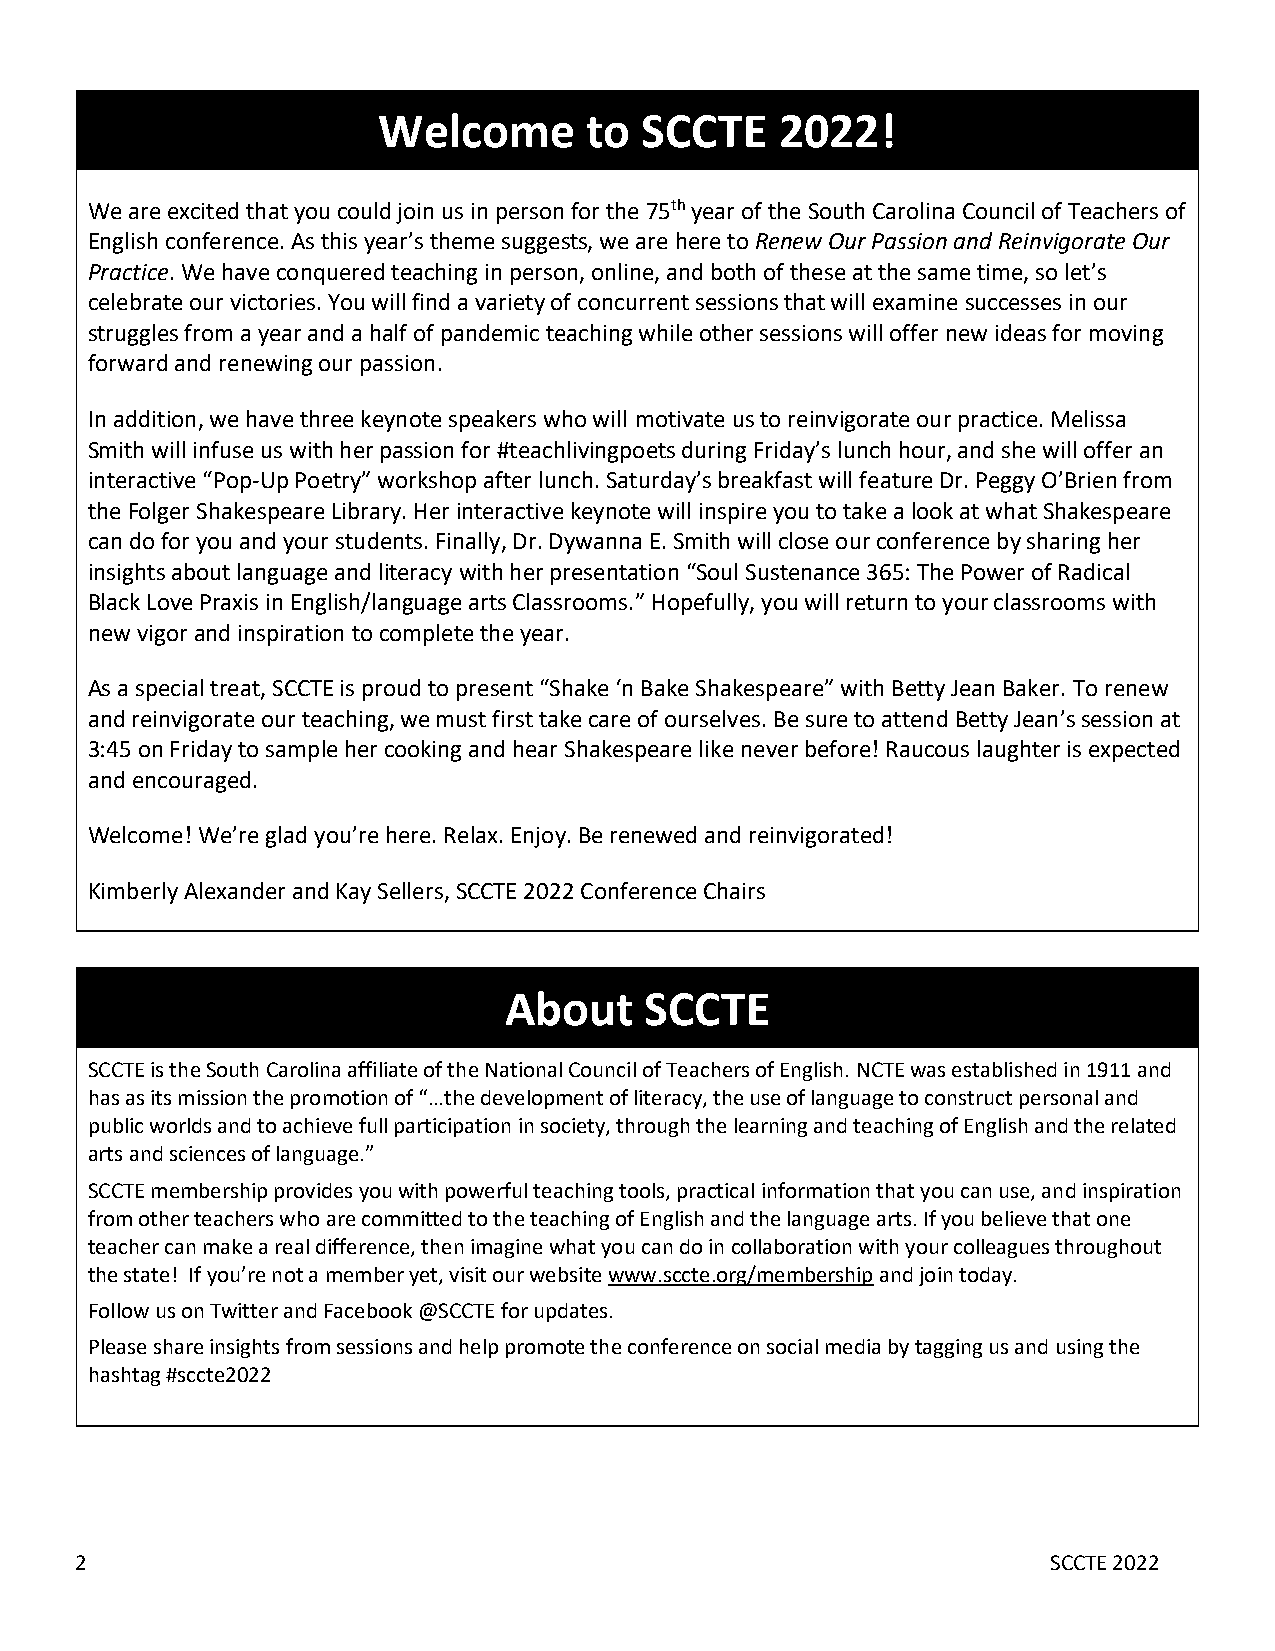
Welcome       to SCCTE     2022!
 We are excited that you could join us in person for the 75th year of the South Carolina Council of Teachers of
 English conference. As this year’s theme suggests, we are here to Renew Our Passion and Reinvigorate Our
 Practice. We have conquered teaching in person, online, and both of these at the same time, so let’s
 celebrate our victories. You will find a variety of concurrent sessions that will examine successes in our
 struggles from a year and a half of pandemic teaching while other sessions will offer new ideas for moving
 forward and renewing our passion.
 In addition, we have three keynote speakers who will motivate us to reinvigorate our practice. Melissa
 Smith will infuse us with her passion for #teachlivingpoets during Friday’s lunch hour, and she will offer an
 interactive “Pop-Up Poetry” workshop after lunch. Saturday’s breakfast will feature Dr. Peggy O’Brien from
 the Folger Shakespeare Library. Her interactive keynote will inspire you to take a look at what Shakespeare
 can do for you and your students. Finally, Dr. Dywanna E. Smith will close our conference by sharing her
 insights about language and literacy with her presentation “Soul Sustenance 365: The Power of Radical
 Black Love Praxis in English/language arts Classrooms.” Hopefully, you will return to your classrooms with
 new vigor and inspiration to complete the year.
 As a special treat, SCCTE is proud to present “Shake ‘n Bake Shakespeare” with Betty Jean Baker. To renew
 and reinvigorate our teaching, we must first take care of ourselves. Be sure to attend Betty Jean’s session at
 3:45 on Friday to sample her cooking and hear Shakespeare like never before! Raucous laughter is expected
 and encouraged.
 Welcome! We’re glad you’re here. Relax. Enjoy. Be renewed and reinvigorated!
 Kimberly Alexander and Kay Sellers, SCCTE 2022 Conference Chairs
 About     SCCTE
 SCCTE is the South Carolina affiliate of the National Council of Teachers of English. NCTE was established in 1911 and
 has as its mission the promotion of “…the development of literacy, the use of language to construct personal and
 public worlds and to achieve full participation in society, through the learning and teaching of English and the related
 arts and sciences of language.”
 SCCTE membership provides you with powerful teaching tools, practical information that you can use, and inspiration
 from other teachers who are committed to the teaching of English and the language arts. If you believe that one
 teacher can make a real difference, then imagine what you can do in collaboration with your colleagues throughout
 the state! If you’re not a member yet, visit our website www.sccte.org/membership and join today.
 Follow us on Twitter and Facebook @SCCTE for updates.
 Please share insights from sessions and help promote the conference on social media by tagging us and using the
 hashtag #sccte2022
 2                                                                SCCTE 2022